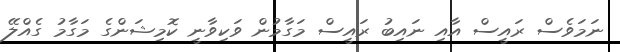
ނަމަވެސް ރައީސް އާއި ނައިބު ރައީސް މަގާމުން ވަކިވާނީ ކޮމިޝަންގެ މަގާމު ގެއްލޭ